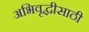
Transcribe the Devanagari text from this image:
अभिवृद्धीसाठी